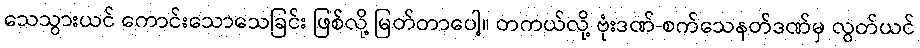
သေသွားယင် ကောင်းသောသေခြင်း ဖြစ်လို့ မြတ်တာပေါ့။ တကယ်လို့ ဗုံးဒဏ်-စက်သေနတ်ဒဏ်မှ လွတ်ယင်